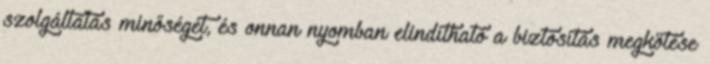
szolgáltatás minőségét, és onnan nyomban elindítható a biztosítás megkötése